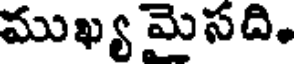
ముఖ్య మైసది.